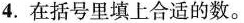
4.在括号里填上合适的数。